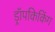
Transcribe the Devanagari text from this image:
ड्रॉपकिकिंग